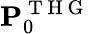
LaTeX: \mathbf{P}_{0}^{\mathrm{~T~H~G~}}